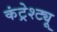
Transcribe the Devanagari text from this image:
कंट्रेश्ट्यू